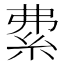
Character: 𥿏